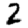
Digit: 2